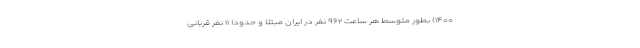
۱۴۰۰) بطور متوسط هر ساعت ۹۶۲ نفر در ایران مبتلا و حدوداً ۱۱ نفر قربانی